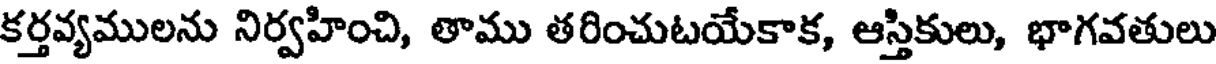
కర్తవ్యములను నిర్వహించి, తాము తరించుటయేకాక, ఆస్తికులు, భాగవతులు